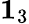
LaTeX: {\mathbf 1}_{3}